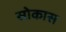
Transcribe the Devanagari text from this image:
सोकास